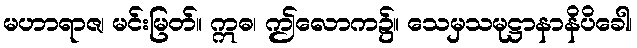
မဟာရာဇ၊ မင်းမြတ်။ ဣဓ၊ ဤလောက၌။ သေမှသမုဋ္ဌာနာနိပိခေါ၊